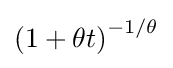
\left(1+\theta t\right)^{-1/\theta }